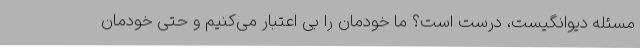
مسئله دیوانگیست، درست است؟ ما خودمان را بی اعتبار می‌کنیم و حتی خودمان